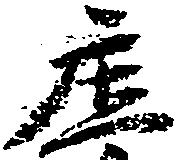
庄